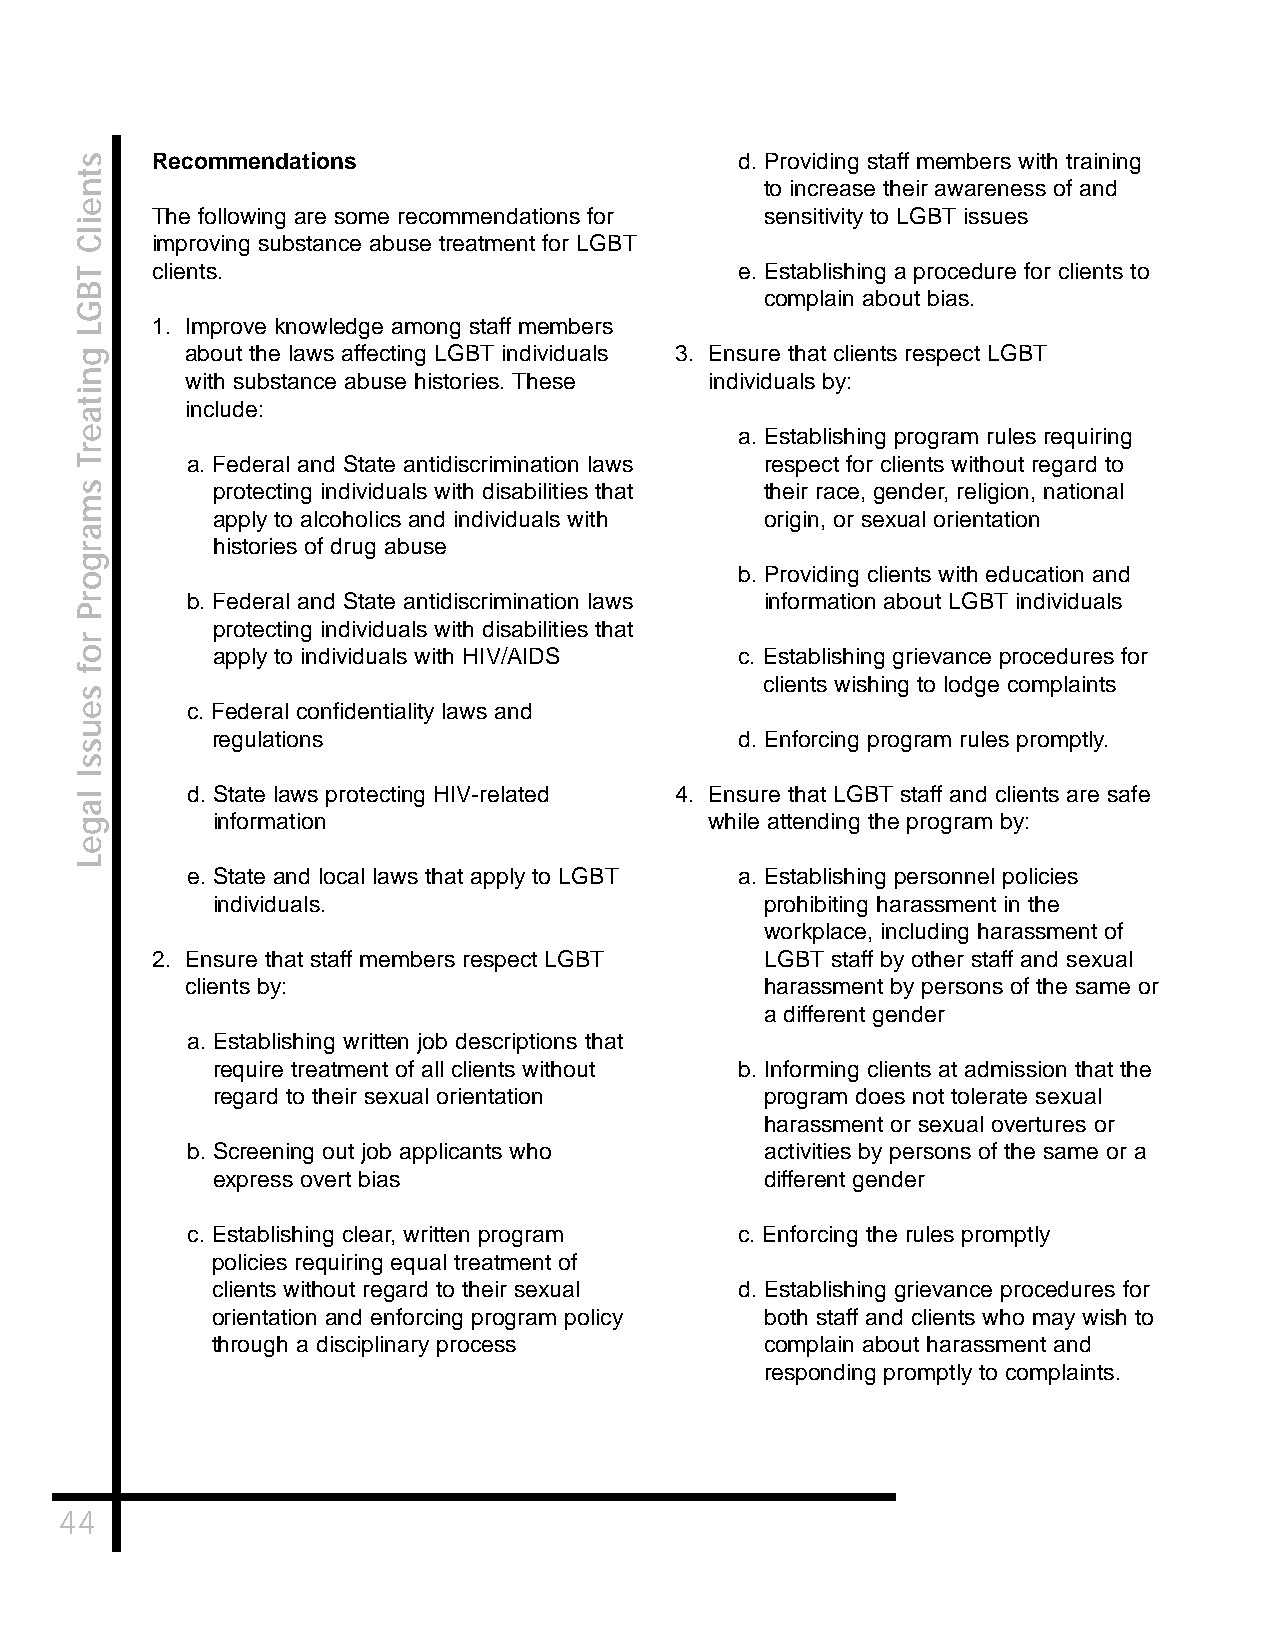
Recommendations                        d. Providing staff members with training
 to increase their awareness of and
 The following are some recommendations for sensitivity to LGBT issues
 improving substance abuse treatment for LGBT
 clients.                               e. Establishing a procedure for clients to
 complain about bias.
 1. Improve knowledge among staff members
 about the laws affecting LGBT individuals 3. Ensure that clients respect LGBT
 with substance abuse histories. These individuals by:
 include:
 a. Establishing program rules requiring
 a. Federal and State antidiscrimination laws respect for clients without regard to
 protecting individuals with disabilities that their race, gender, religion, national
 apply to alcoholics and individuals with origin, or sexual orientation
 histories of drug abuse
 b. Providing clients with education and
 b. Federal and State antidiscrimination laws information about LGBT individuals
 protecting individuals with disabilities that
 apply to individuals with HIV/AIDS c. Establishing grievance procedures for
 clients wishing to lodge complaints
 c. Federal confidentiality laws and
 regulations                        d. Enforcing program rules promptly.
 d. State laws protecting HIV-related 4. Ensure that LGBT staff and clients are safe
 information                      while attending the program by:
 e. State and local laws that apply to LGBT a. Establishing personnel policies
 individuals.                         prohibiting harassment in the
 workplace, including harassment of
 2. Ensure that staff members respect LGBT LGBT staff by other staff and sexual
 clients by:                            harassment by persons of the same or
 a different gender
 a. Establishing written job descriptions that
 require treatment of all clients without b. Informing clients at admission that the
 regard to their sexual orientation   program does not tolerate sexual
 harassment or sexual overtures or
 b. Screening out job applicants who    activities by persons of the same or a
 express overt bias                   different gender
 c. Establishing clear, written program c. Enforcing the rules promptly
 policies requiring equal treatment of
 clients without regard to their sexual d. Establishing grievance procedures for
 orientation and enforcing program policy both staff and clients who may wish to
 through a disciplinary process       complain about harassment and
 responding promptly to complaints.
 44
 stneilC
 TBGL
 gnitaerT
 smargorP
 rof
 seussI
 lageL